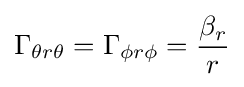
\Gamma _{\theta r\theta }=\Gamma _{\phi r\phi }={\frac {\beta _{r}}{r}}